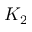
K _ { 2 }